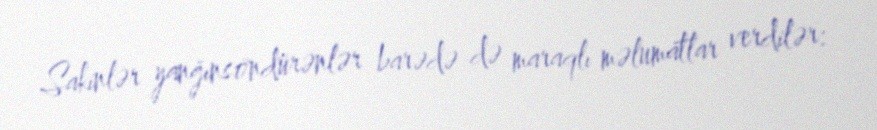
Sakinlər yanğınsöndürənlər barədə də maraqlı məlumatlar verdilər: